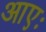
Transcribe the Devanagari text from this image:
आएः